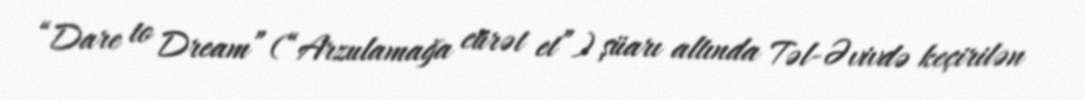
“Dare to Dream” (“Arzulamağa cürət et”) şüarı altında Təl-Əvivdə keçirilən